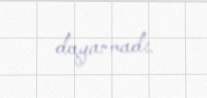
dayanmadı.